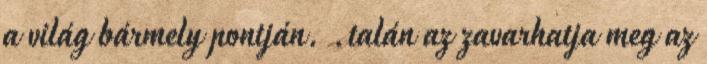
a világ bármely pontján. .talán az zavarhatja meg az